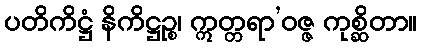
ပတိကိဋ္ဌံ နိကိဋ္ဌဉ္စ၊ ဣတ္တရာ’ဝဇ္ဇ ကုစ္ဆိတာ။